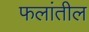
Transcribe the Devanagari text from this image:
फलांतील